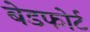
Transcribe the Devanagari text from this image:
बेडफोर्ट